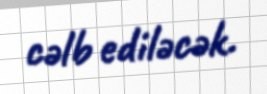
cəlb ediləcək.